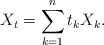
\begin{align*}X_t = \sum_{k=1}^n t_k X_k.\end{align*}